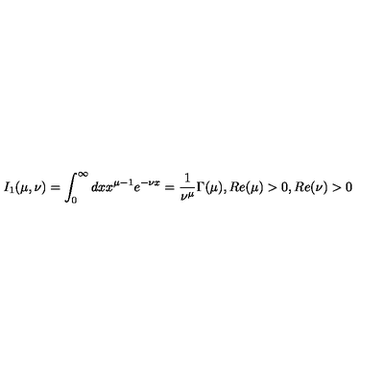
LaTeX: I _ { 1 } ( \mu , \nu ) = \int _ { 0 } ^ { \infty } d x x ^ { \mu - 1 } e ^ { - \nu x } = \frac 1 { \nu ^ { \mu } } \Gamma ( \mu ) , R e ( \mu ) > 0 , R e ( \nu ) > 0